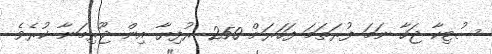
ސުޓިކާ ޖަހާ ނަަމަ ފުރަތަމަ ފަހަރަށް 250 ރުފިޔާ އިން ޖޫރިމަނާ ކުރެވެ